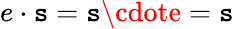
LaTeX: e\cdot\mathtt{s}=\mathtt{s}\cdote=\mathtt{s}